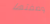
وصفتها